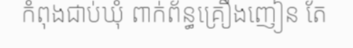
កំពុងជាប់ឃុំ ពាក់ព័ន្ធគ្រឿងញៀន តែ